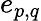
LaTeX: e_{p,q}